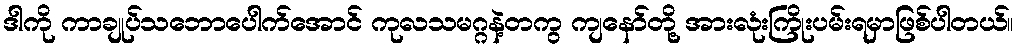
ဒါကို ကာချုပ်သဘောပေါက်အောင် ကုလသမဂ္ဂနဲ့တကွ ကျနော်တို့ အားလုံးကြိုးပမ်းရမှာဖြစ်ပါတယ်။